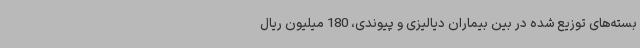
بسته‌های توزیع شده در بین بیماران دیالیزی و پیوندی، 180 میلیون ریال